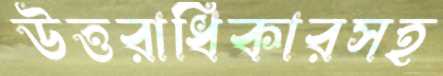
উত্তরাধিকারসহ